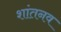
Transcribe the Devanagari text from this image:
शांतनव